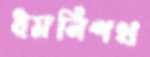
ধমনিপথ